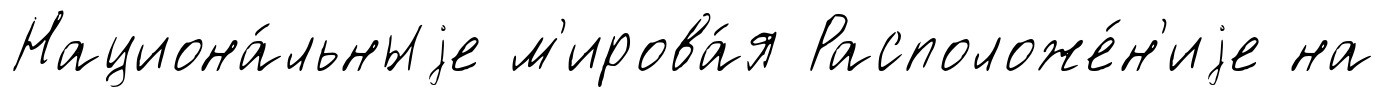
Национа́льныjе м'ирова́я Расположе́н'иjе на